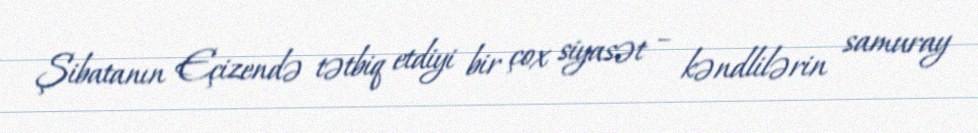
Şibatanın Eçizendə tətbiq etdiyi bir çox siyasət – kəndlilərin samuray